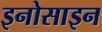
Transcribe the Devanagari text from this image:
इनोसाइन